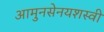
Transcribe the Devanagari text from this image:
आमुनसेनयशस्वी